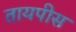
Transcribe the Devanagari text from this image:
तायपीस